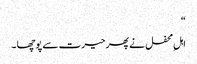
“
اہلِ محفل نے پھر حیرت سے پوچھا ۔